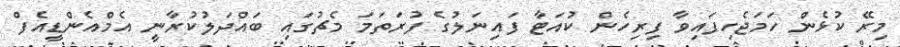
މިރޭ ކުޅެން ހަމަޖެހިފައިވާ ފިރިހެން ކުއަޓާ ފައިނަލުގެ ފުރަތަމަ މެޗުގައި ބައްދަލުކުރާނީ އެމްއެންޑީއެފް